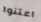
اعتنوا